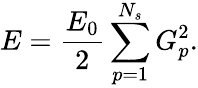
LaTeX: E=\frac{E_{0}}{2}\sum_{p=1}^{N_{s}}{G_{p}^{2}}.